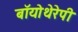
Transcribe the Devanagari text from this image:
बॉयोथेरेपी